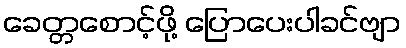
ခေတ္တစောင့်ဖို့ ပြောပေးပါခင်ဗျာ